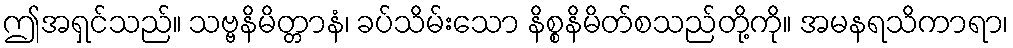
ဤအရှင်သည်။ သဗ္ဗနိမိတ္တာနံ၊ ခပ်သိမ်းသော နိစ္စနိမိတ်စသည်တို့ကို။ အမနရသိကာရာ၊